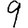
Digit: 9